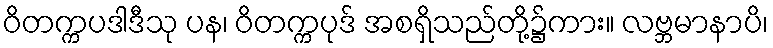
ဝိတက္ကပဒါဒီသု ပန၊ ဝိတက္ကပုဒ် အစရှိသည်တို့၌ကား။ လဗ္ဘမာနာပိ၊